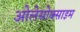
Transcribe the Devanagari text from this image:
ओलेसोक्साइम